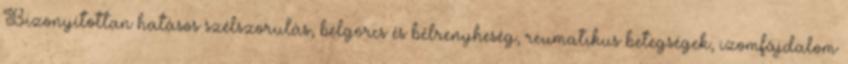
Bizonyítottan hatásos szélszorulás, bélgörcs és bélrenyheség, reumatikus betegségek, izomfájdalom